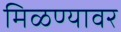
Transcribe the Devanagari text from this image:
मिळण्यावर